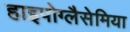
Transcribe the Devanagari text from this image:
हाइपोग्लैसेमिया